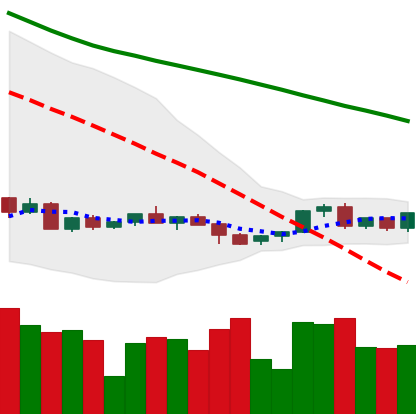
Ticker: LINK-USD
Chart end date: 2022-06-04
Forward return: 25.425%
Label: up_7plus